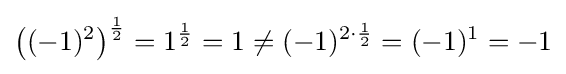
\left((-1)^{2}\right)^{\frac {1}{2}}=1^{\frac {1}{2}}=1\neq (-1)^{2\cdot {\frac {1}{2}}}=(-1)^{1}=-1